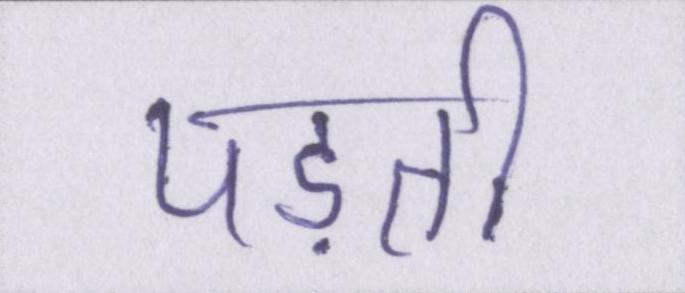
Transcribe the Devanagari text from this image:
पड़ती